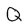
Character: Q